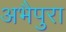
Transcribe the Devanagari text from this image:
अभैपुरा